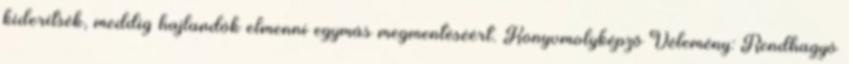
kiderítsék, meddig hajlandók elmenni egymás megmentéséért. Könyvmolyképző Vélemény: Rendhagyó